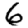
Digit: 6